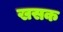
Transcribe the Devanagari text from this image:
खसक